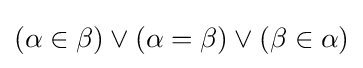
(\alpha \in \beta )\lor (\alpha =\beta )\lor (\beta \in \alpha )